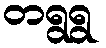
တရွရွ